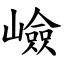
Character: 嶮